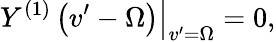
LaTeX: \left.Y^{(1)}\left(v^{\prime}-\Omega\right)\right|_{v^{\prime}=\Omega}=0,